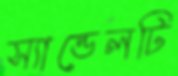
স্যান্ডেলটি